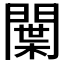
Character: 𨵳